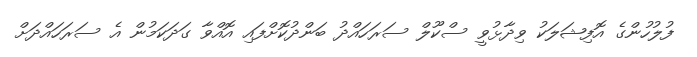
ފުލުހުންގެ އޮފިޝަލަކު ވިދާޅުވީ ސްކޫލް ސަރަހައްދު ބަންދުކޮށްފައި އޮއްވާ ގަދަކަމުން އެ ސަރަހައްދަށް